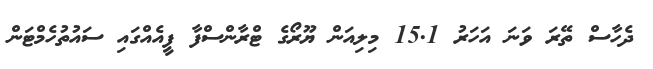
ދެހާސް ތޭރަ ވަނަ އަހަރު 15.1 މިލިއަން ޔޫރޯގެ ޓްރާންސްފާ ފީއެއްގައި ސައުތުހެމްޓަން